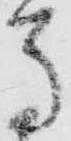
馬